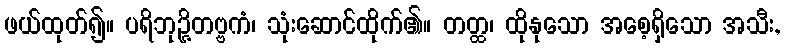
ဖယ်ထုတ်၍။ ပရိဘုဉ္ဇိတဗ္ဗကံ၊ သုံးဆောင်ထိုက်၏။ တတ္ထ၊ ထိုနုသော အစေ့ရှိသော အသီး,